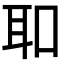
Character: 𦔻